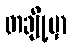
တချို့မှာ